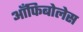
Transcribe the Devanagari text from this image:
आँफिबोलेस